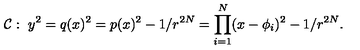
{ \cal C } : \ y ^ { 2 } = q ( x ) ^ { 2 } = p ( x ) ^ { 2 } - 1 / r ^ { 2 N } = \prod _ { i = 1 } ^ { N } ( x - \phi _ { i } ) ^ { 2 } - 1 / r ^ { 2 N } .